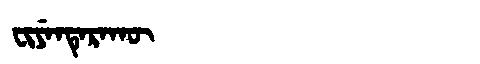
Manchu: ᠸᡳᠶᡝᠨᡨᡝᡵᠠᡴᡡ
Romanization: FIYENTERAKŪ